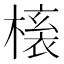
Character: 𭫱